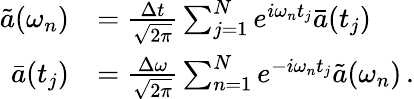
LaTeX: \begin{array}{rl}{\tilde{a}(\omega_{n})}&{=\frac{\Delta t}{\sqrt{2\pi}}\sum_{j=1}^{N}e^{i\omega_{n}t_{j}}\bar{a}(t_{j})\, }\\ {\bar{a}(t_{j})}&{=\frac{\Delta\omega}{\sqrt{2\pi}}\sum_{n=1}^{N}e^{-i\omega_{n}t_{j}}\tilde{a}(\omega_{n})\, .}\end{array}